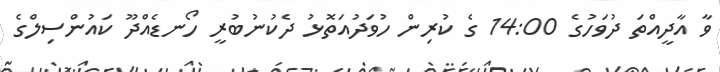
ވާ އާދީއްތަ ދުވަހުގެ 14:00 ގެ ކުރިން ހުވަދުއަތޮޅު ދެކުނުބުރީ ހޯނޑެއްދޫ ކައުންސިލްގެ